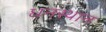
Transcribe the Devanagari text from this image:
धनस्थान